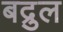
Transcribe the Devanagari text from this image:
बद्रुल